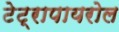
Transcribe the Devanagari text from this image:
टेट्रापायरोल